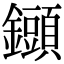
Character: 𨯲